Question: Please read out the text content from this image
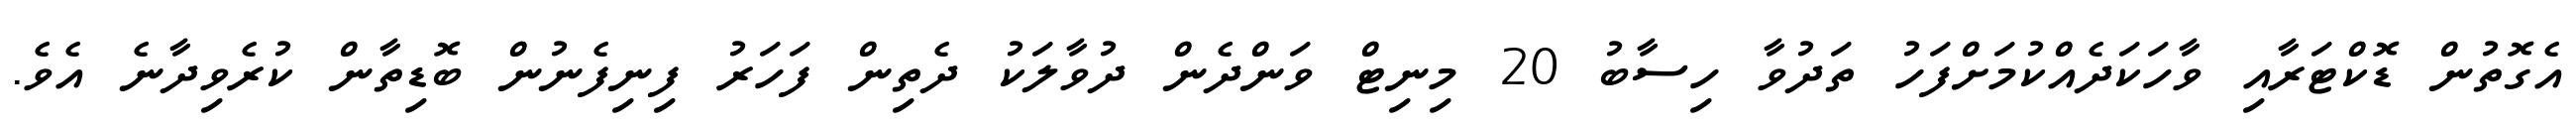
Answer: އެގޮތުން ޑޮކްޓަރާއި ވާހަކަދެއްކުމަށްފަހު ތަދުވާ ހިސާބު 20 މިނިޓް ވަންދެން ދުވާލަކު ދެތިން ފަހަރު ފިނިފެނުން ބޮޑިތާން ކުރެވިދާނެ އެވެ.